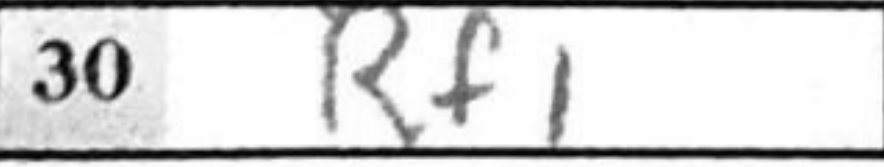
Transcription: Rf1